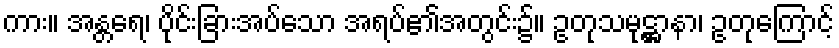
ကား။ အန္တရေ၊ ပိုင်းခြားအပ်သော အရပ်၏အတွင်း၌။ ဥတုသမုဋ္ဌာနာ၊ ဥတုကြောင့်